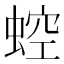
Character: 𧌆